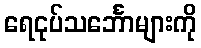
ရေငုပ်သင်္ဘောများကို